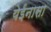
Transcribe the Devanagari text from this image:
येईनासा